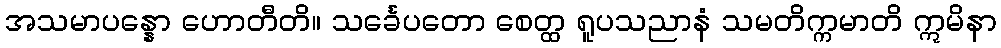
အသမာပန္နော ဟောတီတိ။ သင်္ခေပတော စေတ္ထ ရူပသညာနံ သမတိက္ကမာတိ ဣမိနာ